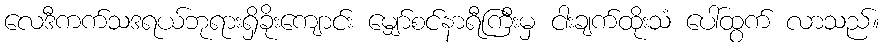
လေဒီကက်သဒရယ်ဘုရားရှိခိုးကျောင်း မျှော်စင်နာရီကြီးမှ ငါးချက်ထိုးသံ ပေါ်ထွက် လာသည်။